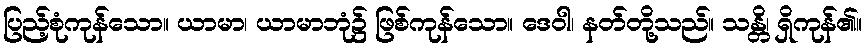
ပြည့်စုံကုန်သော။ ယာမာ၊ ယာမာဘုံ၌ ဖြစ်ကုန်သော။ ဒေဝါ၊ နတ်တို့သည်။ သန္တိ၊ ရှိကုန်၏။